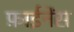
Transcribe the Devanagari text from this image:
फ़ाईनेंस